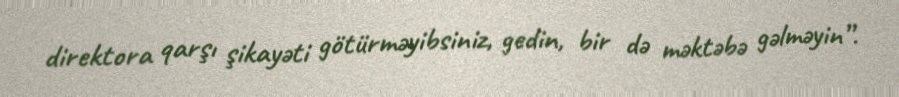
direktora qarşı şikayəti götürməyibsiniz, gedin, bir də məktəbə gəlməyin”.